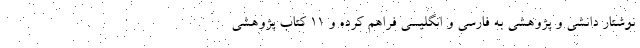
نوشتار دانشی و پژوهشی به فارسی و انگلیسی فراهم کرده و ۱۱ کتاب پژوهشی